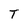
Character: T